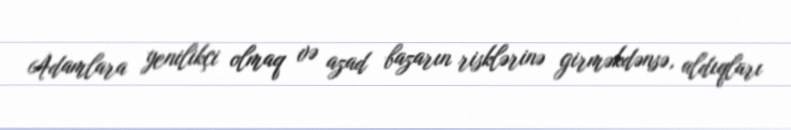
Adamlara yenilikçi olmaq və azad bazarın risklərinə girməkdənsə, aldıqları